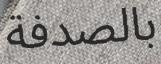
بالصدفة